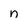
Character: n